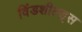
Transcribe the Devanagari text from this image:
विंडशील्ड्स